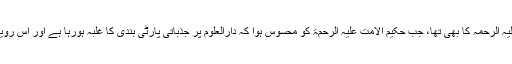
یہی موقف حضرت حکیم الاسلام علیہ الرحمۃ کے پیر و مرشد حضرت حکیم الامت تھانوی علیہ الرحمہ کا بھی تھا، جب حکیم الامت علیہ الرحمۃ کو محسوس ہوا کہ دارالعلوم پر جذباتی پارٹی بندی کا غلبہ ہورہا ہے اور اس رویہ کی اصلاح آپ کی دسترس سے باہر ہے تو دارالعلوم کی سرپرستی سے کنارہ کش ہوگئے ۔